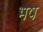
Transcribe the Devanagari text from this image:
भष